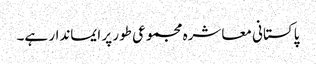
پاکستانی معاشرہ مجموعی طور پر ایماندار ہے۔